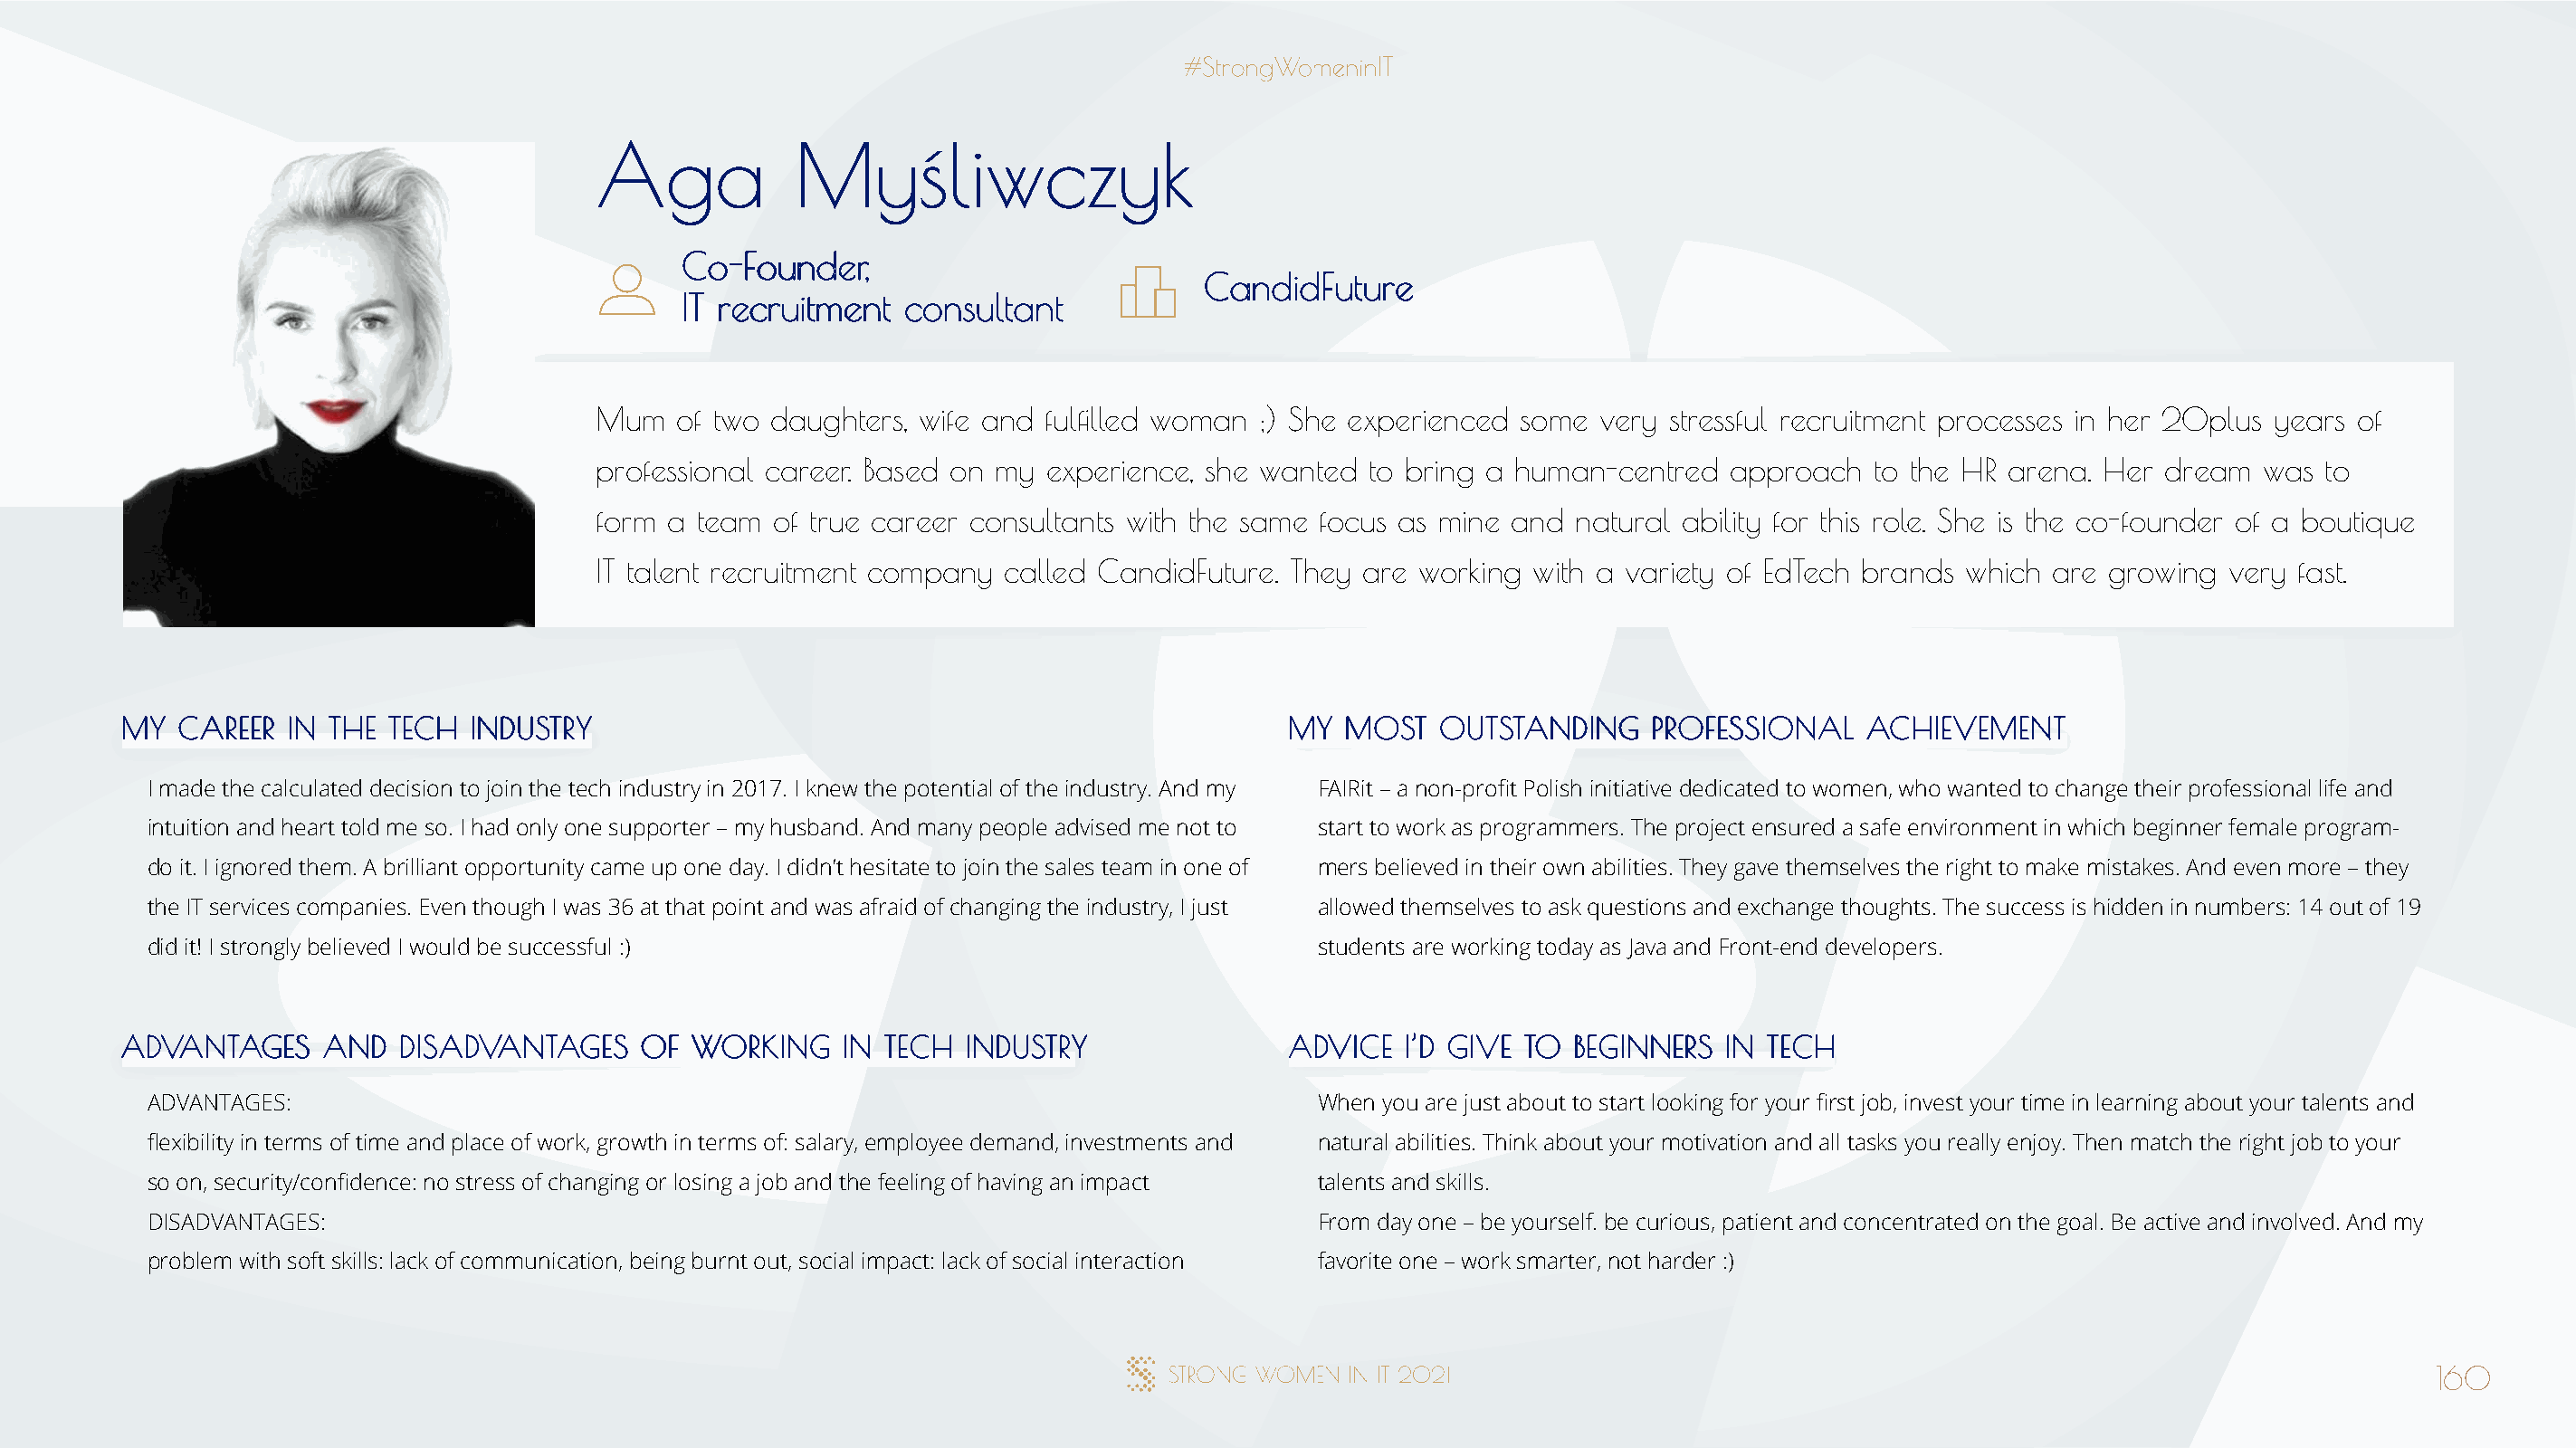
AAggaa        MMyyśślliiwwcczzyykk
 CCoo--FFoouunnddeerr,,
 CCaannddiiddFFuuttuurree
 IITT rreeccrruuiittmmeenntt ccoonnssuullttaanntt
 Mum  of two daughters, wife and fulfilled woman ;) She experienced some  very stressful recruitment processes in her 20plus years of
 professional career. Based on my experience, she wanted to bring a human-centred   approach  to the HR arena. Her dream  was  to
 form a team  of true career consultants with the same focus as mine and natural ability for this role. She is the co-founder of a boutique
 IT talent recruitment company called CandidFuture. They are working with a variety of EdTech brands which are growing  very fast.
 MMYY CCAARREEEERR IINN TTHHEE TTEECCHH IINNDDUUSSTTRRYY                              MMYY MMOOSSTT OOUUTTSSTTAANNDDIINNGG PPRROOFFEESSSSIIOONNAALL AACCHHIIEEVVEEMMEENNTT
 I made the calculated decision to join the tech industry in 2017. I knew the potential of the industry. And my FAIRit – a non-profit Polish initiative dedicated to women, who wanted to change their professional life and
 intuition and heart told me so. I had only one supporter – my husband. And many people advised me not to start to work as programmers. The project ensured a safe environment in which beginner female program-
 do it. I ignored them. A brilliant opportunity came up one day. I didn’t hesitate to join the sales team in one of mers believed in their own abilities. They gave themselves the right to make mistakes. And even more – they
 the IT services companies. Even though I was 36 at that point and was afraid of changing the industry, I just allowed themselves to ask questions and exchange thoughts. The success is hidden in numbers: 14 out of 19
 did it! I strongly believed I would be successful :)                                 students are working today as Java and Front-end developers.
 AADDVVAANNTTAAGGEESS AANNDD DDIISSAADDVVAANNTTAAGGEESS OOFF WWOORRKKIINNGG IINN TTEECCHH IINNDDUUSSTTRRYY AADDVVIICCEE II’’DD GGIIVVEE TTOO BBEEGGIINNNNEERRSS IINN TTEECCHH
 ADVANTAGES:                                                                          When you are just about to start looking for your first job, invest your time in learning about your talents and
 flexibility in terms of time and place of work, growth in terms of: salary, employee demand, investments and natural abilities. Think about your motivation and all tasks you really enjoy. Then match the right job to your
 so on, security/confidence: no stress of changing or losing a job and the feeling of having an impact talents and skills.
 DISADVANTAGES:                                                                       From day one – be yourself. be curious, patient and concentrated on the goal. Be active and involved. And my
 problem with soft skills: lack of communication, being burnt out, social impact: lack of social interaction favorite one – work smarter, not harder :)
 160